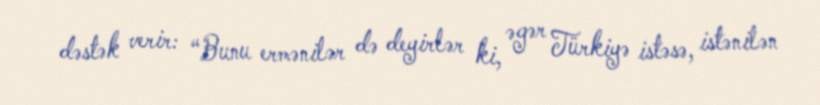
dəstək verir: “Bunu ermənilər də deyirlər ki, əgər Türkiyə istəsə, istənilən